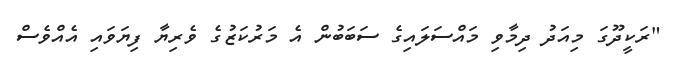
"ރަކީދޫގަ މިއަދު ދިމާވި މައްސަލައިގެ ސަަބަބުން އެ މަރުކަޒުގެ ވެރިޔާ ފިޔަވައި އެއްވެސް